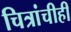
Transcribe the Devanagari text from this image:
चित्रांचीही